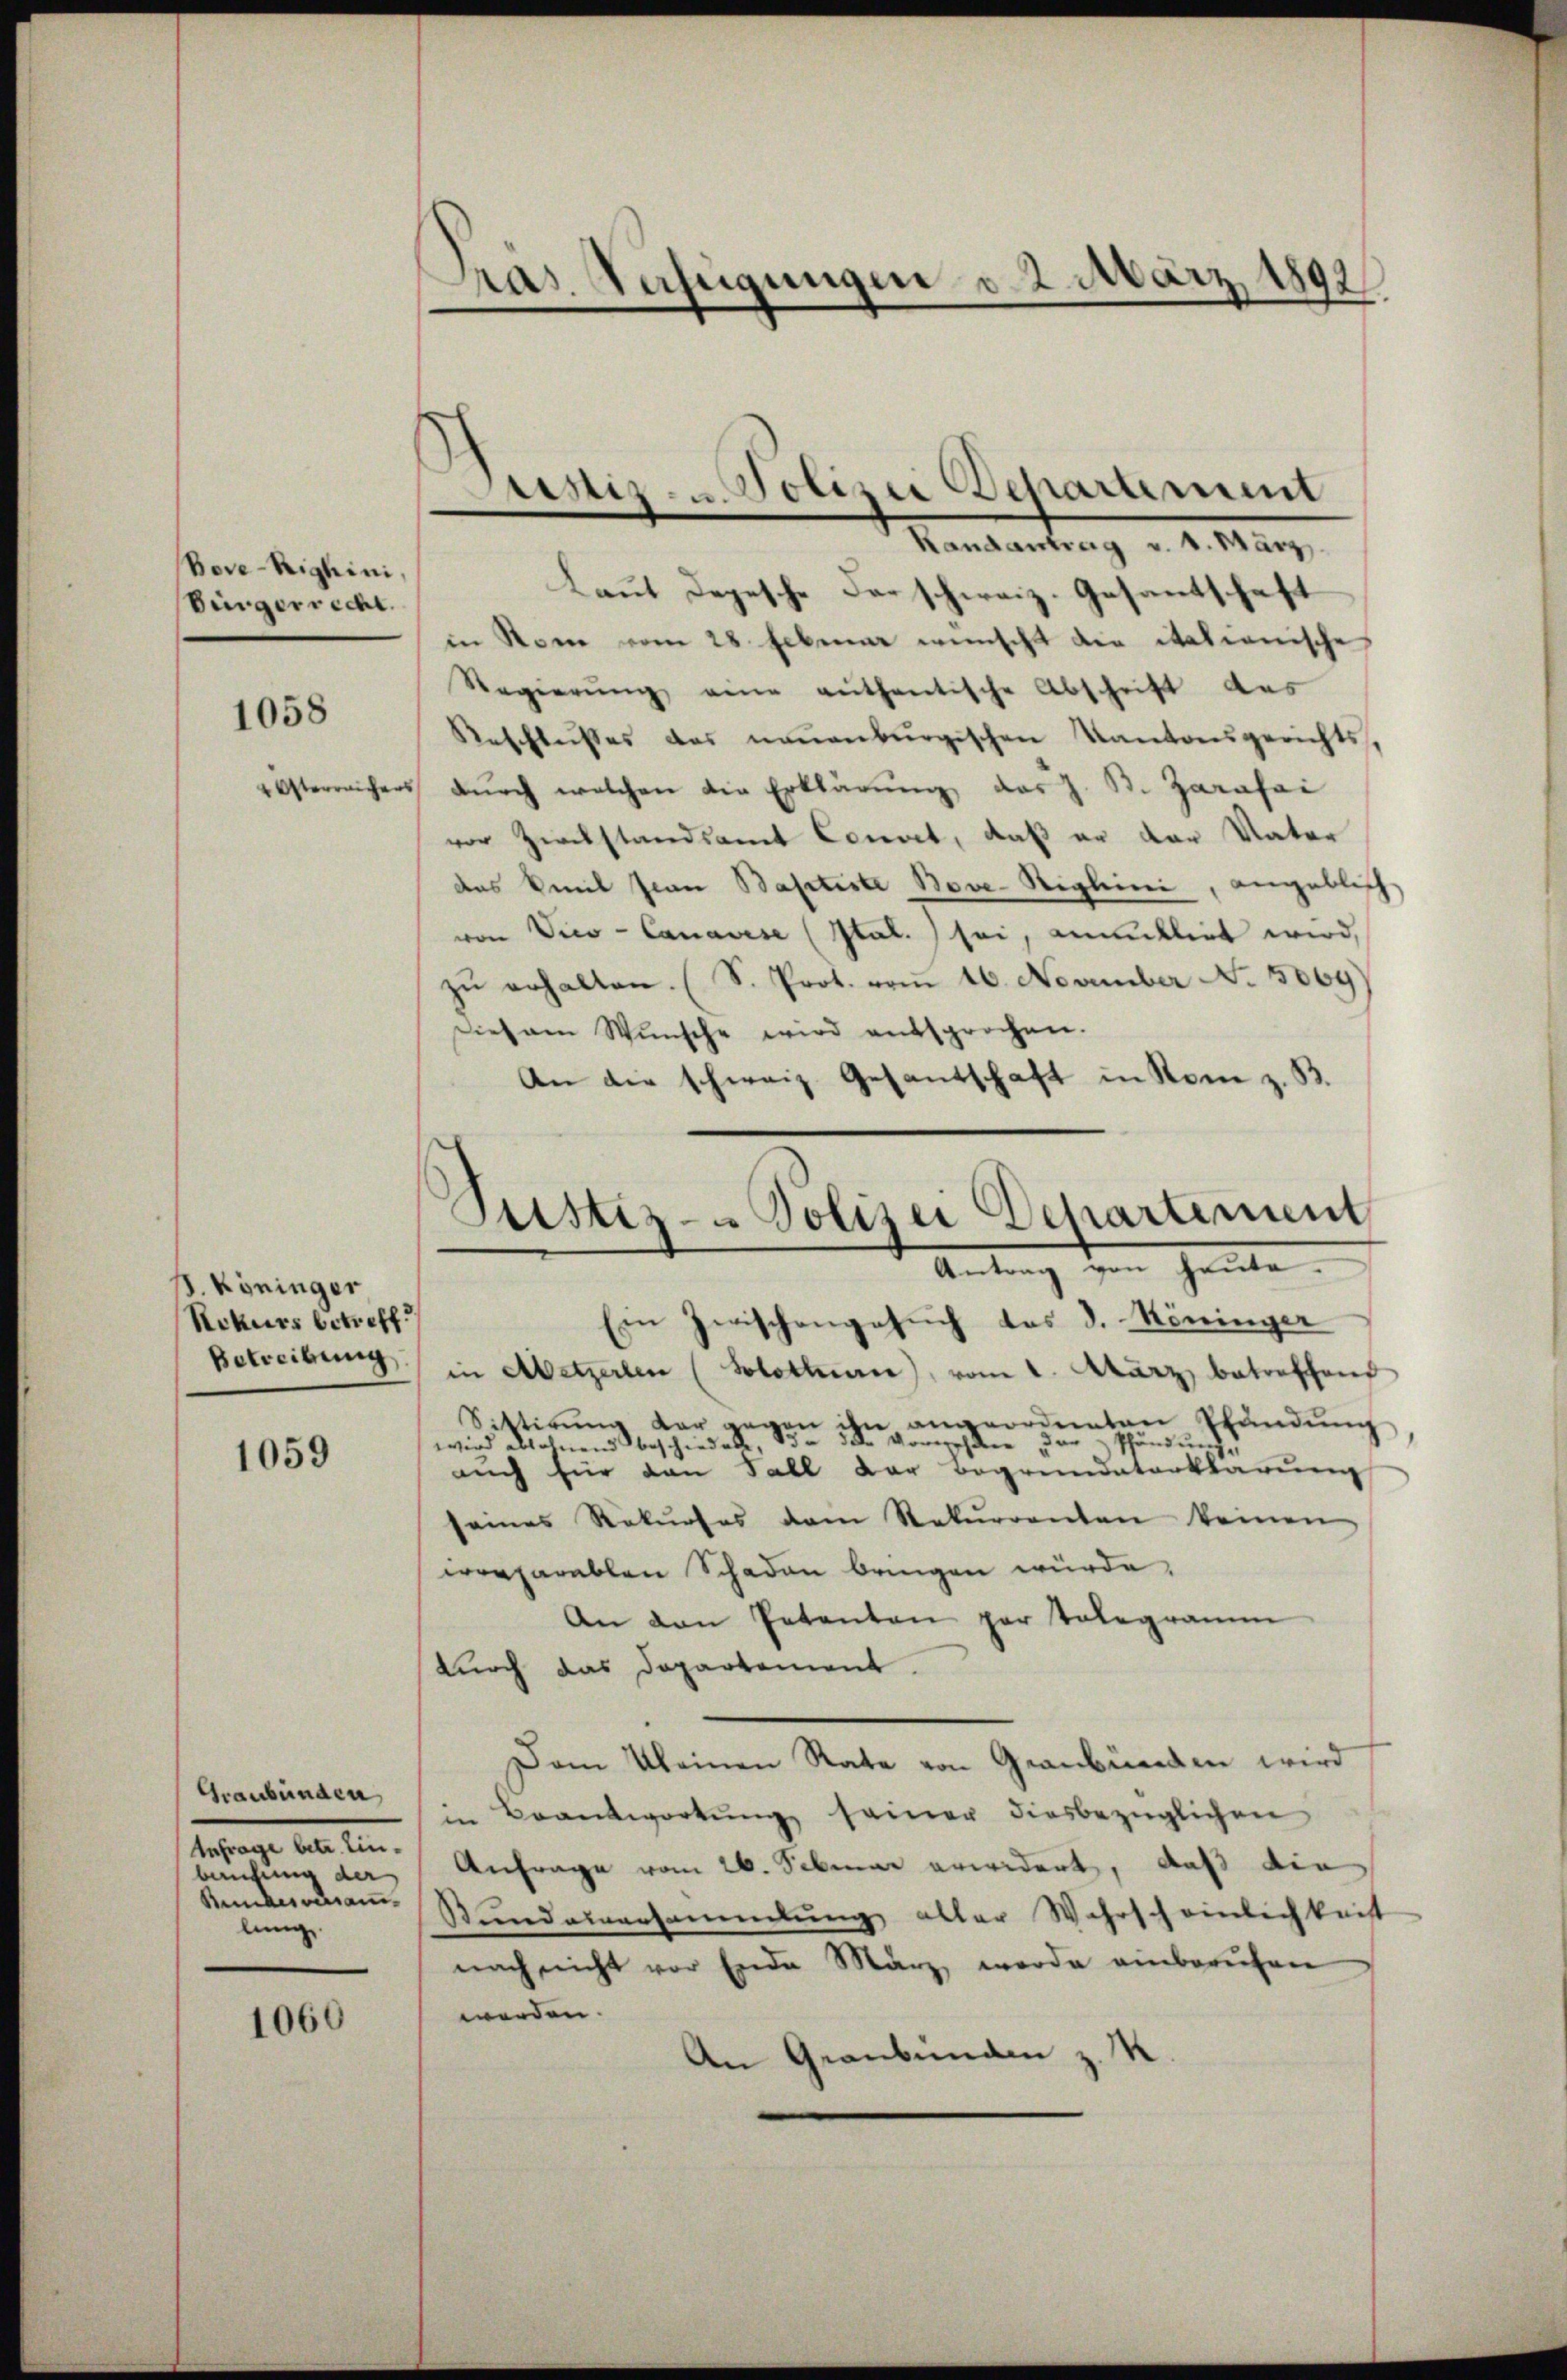
Bove-Righini,
Eingerrecht.
1058

S. Köninger
Rekurs betreff
Betreibung

1059

Graubünden
Anfrage betr. Einbaufung der
Bundesversam
lung.

1060

Pras. Verfügungen v. 2. März 1892

Laut Depesche der schweiz. Gesantschaft
in Rom vom 28. Februar wünscht die itationische
Regierŭng eine gethantische Abschrift des
Reschleißes das neuenburgischen Kantonsgerichts.
2Österreichers dŭrch welchen die Erklärŭng das J. B. Zarafai
vor Zirckstandsamt Connet, daß er der Vater
das Kreil sian Baptiste Bove-Sighini, angeblich
von Vice-Canavise (Stal. sei, anklirt wird,
zŭ erhalten. (S. Prot. vom 16. November No. 5069)
Dies am Wŭnsche wird entsprochen.
An die schweiz. Gesandschaft in Rom z. B.

Justiz- u. Polizei Departement
Randantrag v. 1. März.

Justiz- & Polizei Departement
Antrag von Heute.

Ein Zwischengesuch das d. Köninger
in Abetzerlen (Solothurn), vom 1. März betreffend
Sitterŭng der gegen ihn angeordneten Pfandŭng,
onwehlen der
undung
.
wird ablehnend beschiedene,
auch für dan Fall der Begründeterklärung
seines Rekŭrses dem Rekurrenten keinen
creparablen Schaden bringen würde.
An den Petenten par tolegramm
durch das Departement.
Dem Kleinen Rate von Graubünden wird
in Beantwortŭng seiner diesbezüglichen
Anfrage vom 26. Sebruar erwidert, daß die
Sundauersammlung aller Wahrscheinlichkeist
nach nicht vor Ende März werde einberufen
werden.
An Graubünden z. K